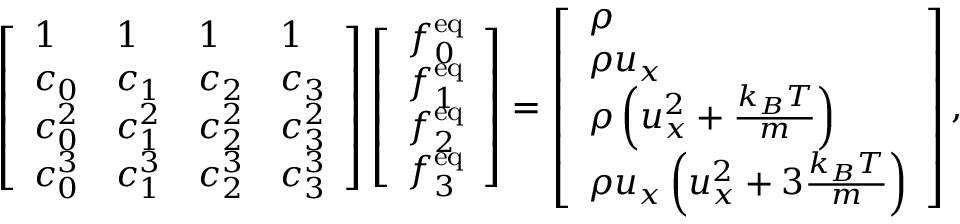
\left[ \begin{array} { l l l l } { 1 } & { 1 } & { 1 } & { 1 } \\ { c _ { 0 } } & { c _ { 1 } } & { c _ { 2 } } & { c _ { 3 } } \\ { c _ { 0 } ^ { 2 } } & { c _ { 1 } ^ { 2 } } & { c _ { 2 } ^ { 2 } } & { c _ { 3 } ^ { 2 } } \\ { c _ { 0 } ^ { 3 } } & { c _ { 1 } ^ { 3 } } & { c _ { 2 } ^ { 3 } } & { c _ { 3 } ^ { 3 } } \end{array} \right] \left[ \begin{array} { l } { f _ { 0 } ^ { \mathrm { e q } } } \\ { f _ { 1 } ^ { \mathrm { e q } } } \\ { f _ { 2 } ^ { \mathrm { e q } } } \\ { f _ { 3 } ^ { \mathrm { e q } } } \end{array} \right] = \left[ \begin{array} { l } { \rho } \\ { \rho u _ { x } } \\ { \rho \left( u _ { x } ^ { 2 } + \frac { k _ { B } T } { m } \right) } \\ { \rho u _ { x } \left( u _ { x } ^ { 2 } + 3 \frac { k _ { B } T } { m } \right) } \end{array} \right] ,